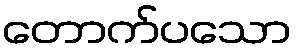
တောက်ပသော